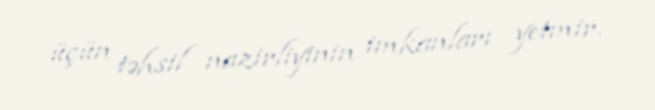
üçün təhsil nazirliyinin imkanları yetmir.